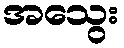
အသွေး